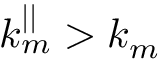
k _ { m } ^ { | | } > k _ { m }